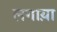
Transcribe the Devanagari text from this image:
लगाय़ा